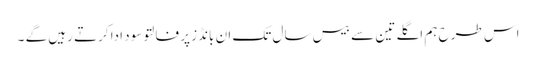
اس طرح ہم اگلے تین سے بیس سال تک ان بانڈز پر فالتو سود ادا کرتے رہیں گے ۔